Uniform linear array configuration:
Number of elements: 4
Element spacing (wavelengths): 0.25
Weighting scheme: kaiser
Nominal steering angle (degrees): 30
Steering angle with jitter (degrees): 31.811
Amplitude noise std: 0.05
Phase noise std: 0.05

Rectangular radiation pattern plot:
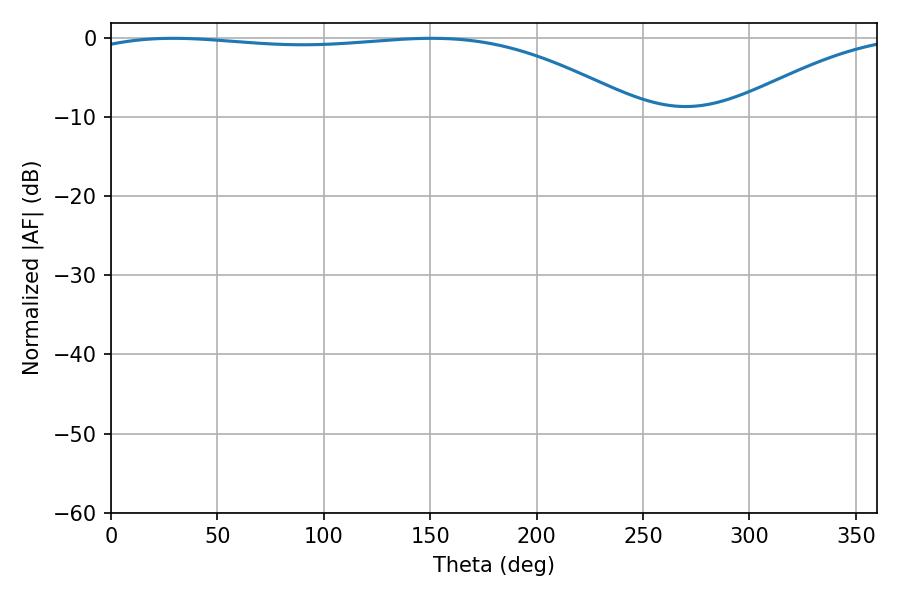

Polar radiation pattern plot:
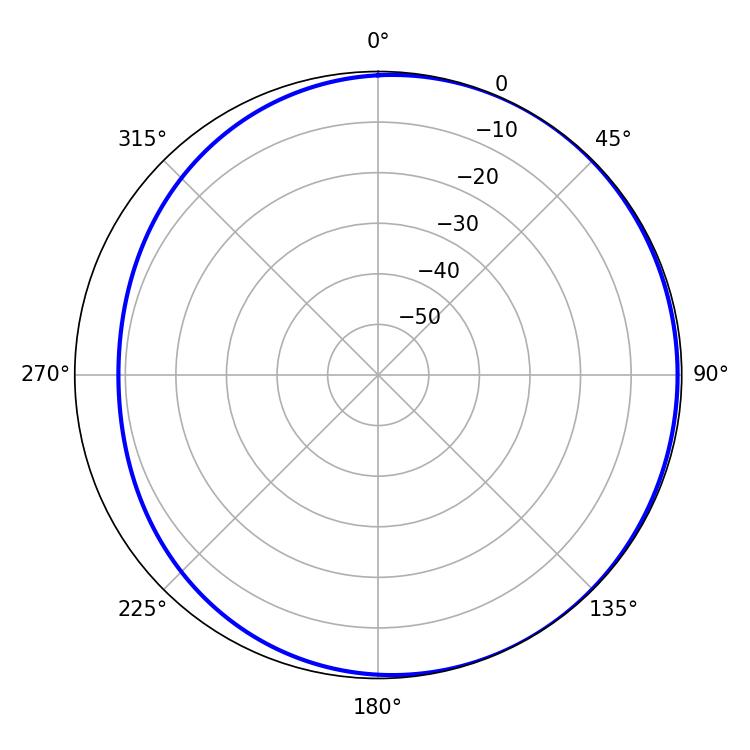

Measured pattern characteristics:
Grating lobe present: FALSE
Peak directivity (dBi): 1.994
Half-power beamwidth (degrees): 207.72
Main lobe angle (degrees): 29.34